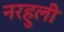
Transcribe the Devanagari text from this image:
नरहुली